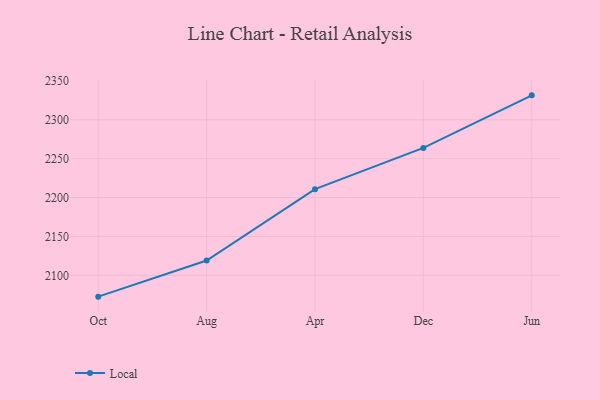
{"axis": {"x": "Month", "y": "Active Users"}, "legend": ["Local"], "data": [{"x": "Oct", "y": 2072.6, "type": "Local"}, {"x": "Aug", "y": 2119.1, "type": "Local"}, {"x": "Apr", "y": 2210.8, "type": "Local"}, {"x": "Dec", "y": 2263.8, "type": "Local"}, {"x": "Jun", "y": 2331.4, "type": "Local"}]}